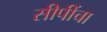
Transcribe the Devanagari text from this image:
सीपींचा